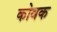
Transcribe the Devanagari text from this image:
कोवक